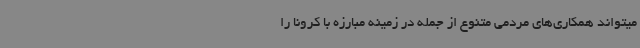
میتواند همکاری‌های مردمی متنوع از جمله در زمینه مبارزه با کرونا را